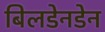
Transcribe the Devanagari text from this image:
बिलडेनडेन